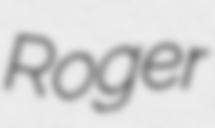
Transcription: Roger